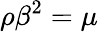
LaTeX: \rho\beta^{2}=\mu